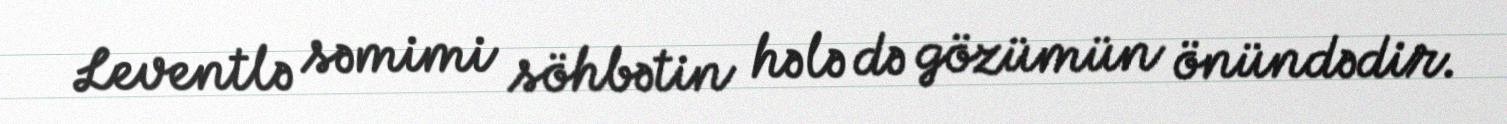
Leventlə səmimi söhbətin hələ də gözümün önündədir.